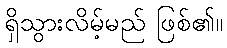
ရှိသွားလိမ့်မည် ဖြစ်၏။